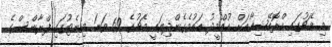
މި މެޗުގައި ކްރޮއޭޝިއާއަށް އުއްމީދު އައުވެގެންދިޔައީ މެޗުގެ 69 ވަނަ މިނެޓުގައި ފްރާންސްގެ